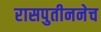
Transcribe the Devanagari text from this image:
रासपुतीननेच